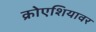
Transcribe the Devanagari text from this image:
क्रोएशियावर